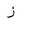
Letter: _zay